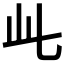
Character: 𬼘